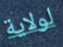
لولاية